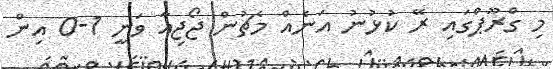
މި ގްރޫޕްގައި ރޭ ކުޅުނު އަނެއް މެޗުން ޖޯޖިއާ ވަނީ 1-0 އިން